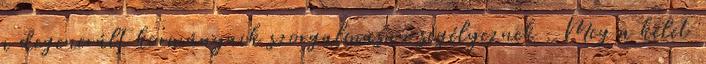
a degenerált kormányaik szorgalmasan segélyeznek . Meg a kelet